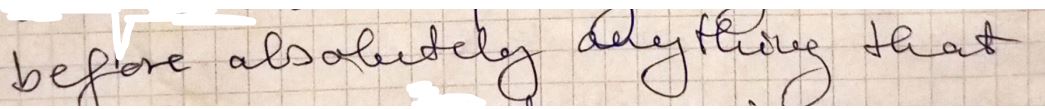
before absolutely Anything that